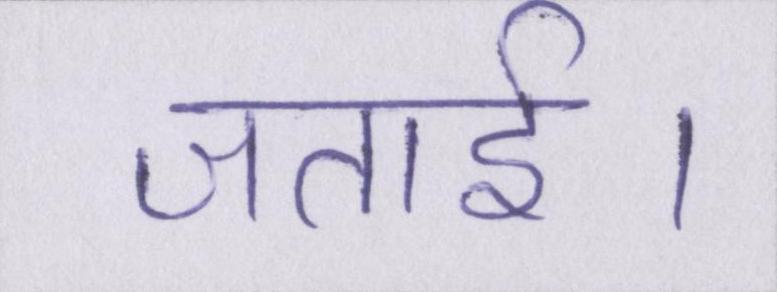
जताई।